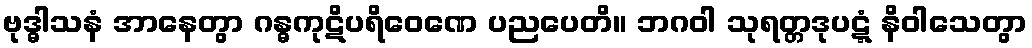
ဗုဒ္ဓါသနံ အာနေတွာ ဂန္ဓကုဋိပရိဝေဏေ ပညပေတိ။ ဘဂဝါ သုရတ္တဒုပဋ္ဋံ နိဝါသေတွာ